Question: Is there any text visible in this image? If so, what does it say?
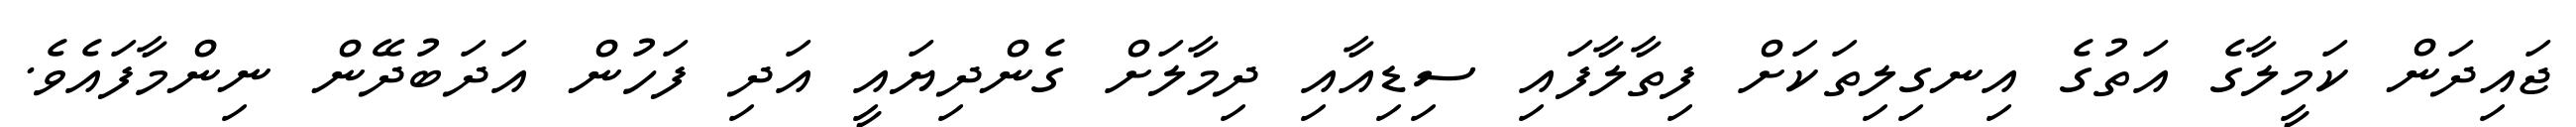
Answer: ޖައިދަން ކަމީލާގެ އަތުގެ އިނގިލިތަކަށް ފިތާލާފައި ސިޑިއާއި ދިމާލަށް ގެންދިޔައީ އަދި ފަހުން އަދަބުދޭން ނިންމާފައެވެ.